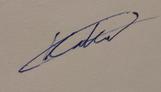
Signature authenticity: genuine